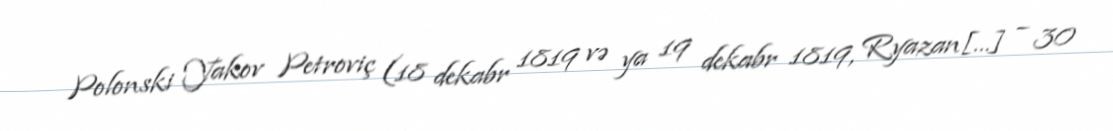
Polonski Yakov Petroviç (18 dekabr 1819 və ya 19 dekabr 1819, Ryazan[…] – 30